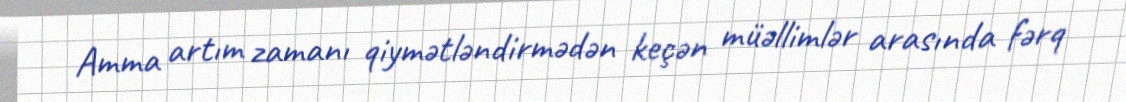
Amma artım zamanı qiymətləndirmədən keçən müəllimlər arasında fərq